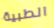
الطبية